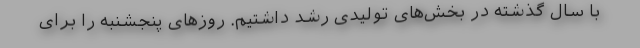
با سال گذشته در بخش‌های تولیدی رشد داشتیم. روزهای پنجشنبه را برای